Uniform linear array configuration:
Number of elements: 8
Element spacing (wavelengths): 0.5
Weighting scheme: hann
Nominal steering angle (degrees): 15
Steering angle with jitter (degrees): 16.335
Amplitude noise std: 0.05
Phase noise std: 0.05

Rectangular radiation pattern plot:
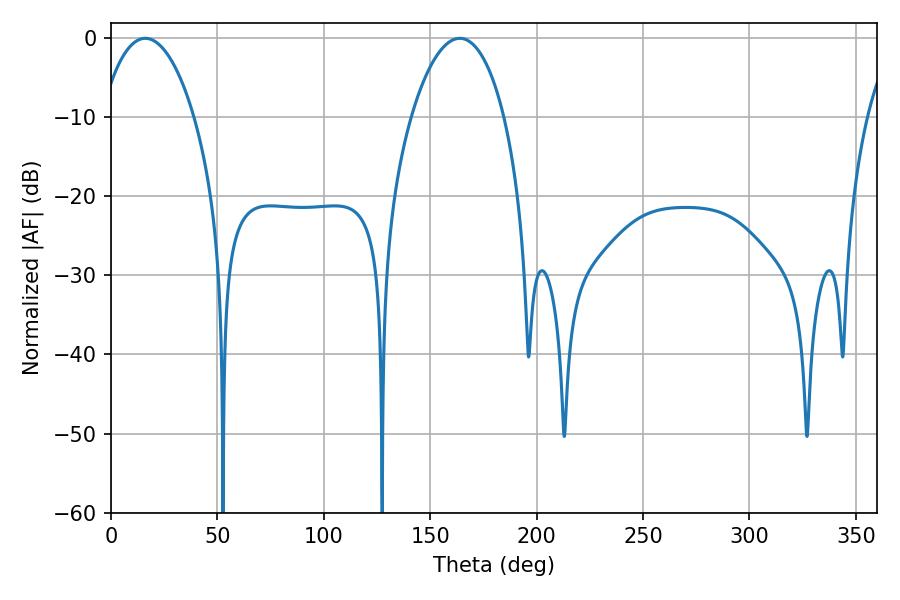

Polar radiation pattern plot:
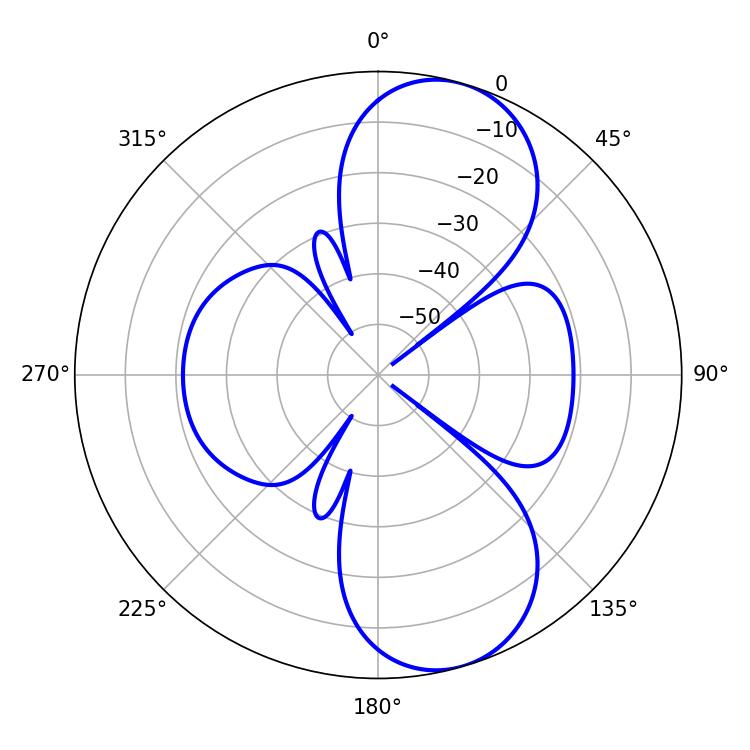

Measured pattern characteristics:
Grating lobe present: FALSE
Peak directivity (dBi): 8.921
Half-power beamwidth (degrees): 24.66
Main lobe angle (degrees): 16.2